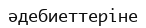
әдебиеттеріне